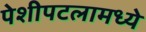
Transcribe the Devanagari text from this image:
पेशीपटलामध्ये